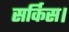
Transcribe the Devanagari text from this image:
सर्किस।